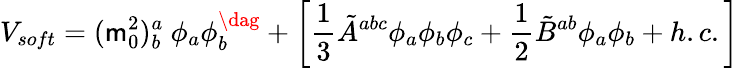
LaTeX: V_{soft}=(\mathsf{m}_{0}^{2})_{b}^{a}~\phi_{a}\phi_{b}^{\dag}+\biggl[\frac{{1}}{{3}}{\tilde{{A}}}^{abc}\phi_{a}\phi_{b}\phi_{c}+\frac{{1}}{{2}}{\tilde{{B}}}^{ab}\phi_{a}\phi_{b}+h.c.\biggr]